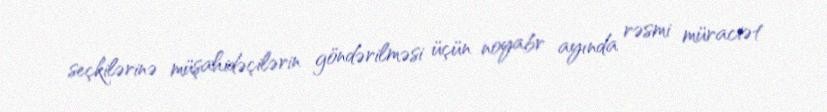
seçkilərinə müşahidəçilərin göndərilməsi üçün noyabr ayında rəsmi müraciət